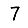
Digit: 7